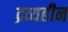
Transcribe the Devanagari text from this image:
द्रव्यहीन